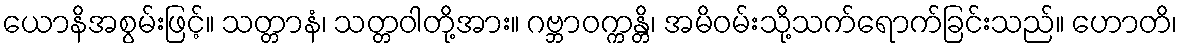
ယောနိအစွမ်းဖြင့်။ သတ္တာနံ၊ သတ္တဝါတို့အား။ ဂဗ္ဘာဝက္ကန္တိ၊ အမိဝမ်းသို့သက်ရောက်ခြင်းသည်။ ဟောတိ၊